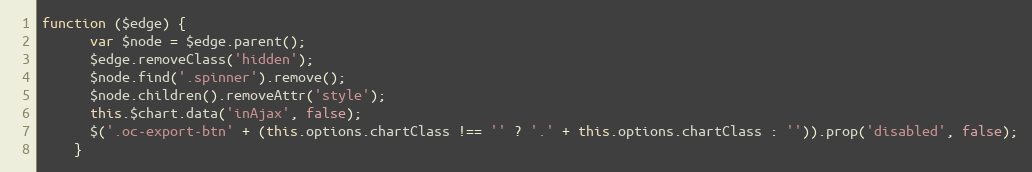
Language: JavaScript
function ($edge) {
      var $node = $edge.parent();
      $edge.removeClass('hidden');
      $node.find('.spinner').remove();
      $node.children().removeAttr('style');
      this.$chart.data('inAjax', false);
      $('.oc-export-btn' + (this.options.chartClass !== '' ? '.' + this.options.chartClass : '')).prop('disabled', false);
    }